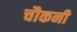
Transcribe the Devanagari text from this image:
चौकनी